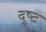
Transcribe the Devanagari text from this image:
दुष्‍ट